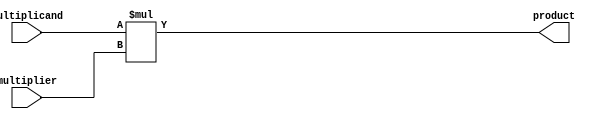
module signed_multiplier(input signed [31:0] multiplicand, 
                          input signed [31:0] multiplier, 
                          output signed [63:0] product);

  assign product = multiplicand * multiplier;

endmodule